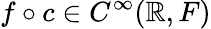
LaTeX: f\circ c\in C^{\infty}(\mathbb{R},F)